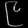
Digit: ၉